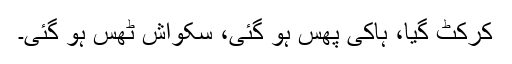
کرکٹ گیا، ہاکی پھُس ہو گئی، سکواش ٹھُس ہو گئی۔